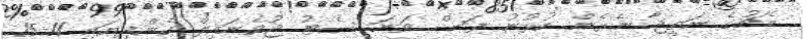
މެޗުގެ ނަތީޖާ ނެރެން ކުޅުނު ފަސް ވަނަ ސެޓު ޖުވެނައިލް ގެންދިޔައީ 11-15